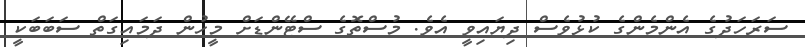
ސަރަހަދުގެ އެންމެންގެ ކުޅުވެސް ދިޔައިވީ އެވެ. މުސްތޮގެ ސްޓޭންޑަށް މީހުން ދަމައިގަތް ސަބަބަކީ